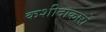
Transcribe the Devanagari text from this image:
कशीदाकारों